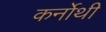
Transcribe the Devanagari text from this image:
कर्नोथी